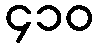
၄၁၀